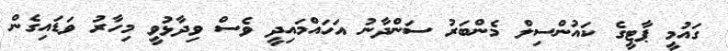
ގައުމީ ޕާޓީގެ ކައުންސިލް މެންބަރު ސަންދާނު އަހައްމައިދީ ވެސް ވިދާޅުވީ މިހާރު ވަޑައިގެން